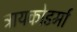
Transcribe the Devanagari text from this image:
ट्रायकोडर्मा